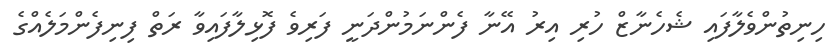
ހިނިތުންވެލާފައި ޝެހެނާޒް ހުރި އިރު އޭނާ ފެންނަމުންދަނީ ފަރިވެ ފޮޅިލާފައިވާ ރަތް ފިނިފެންމަލެއްގެ